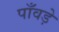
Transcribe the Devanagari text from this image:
पाँवड़े